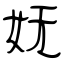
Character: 妩